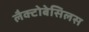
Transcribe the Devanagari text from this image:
लैक्टोबेसिलस